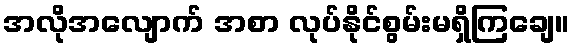
အလိုအလျောက် အစာ လုပ်နိုင်စွမ်းမရှိကြချေ။